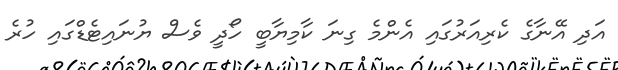
އަދި އޭނާގެ ކެރިއަރުގައި އެންމެ ގިނަ ކާމިޔާބީ ހޯދީ ވެސް ޔުނައިޓެޑްގައި ހުރެ